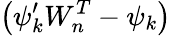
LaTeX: \left(\psi_{k}^{\prime}W_{n}^{T}-\psi_{k}\right)